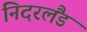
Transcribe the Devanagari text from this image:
निदरलैंड